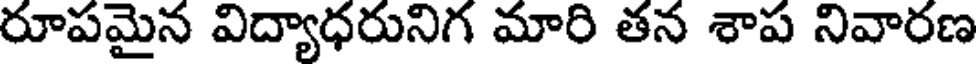
రూపమైన విద్యాధరునిగ మారి తన శాప నివారణ